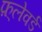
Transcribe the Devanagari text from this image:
फ़्लेवर्ड